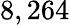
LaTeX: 8,264